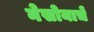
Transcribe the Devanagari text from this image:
नेसोयाचे